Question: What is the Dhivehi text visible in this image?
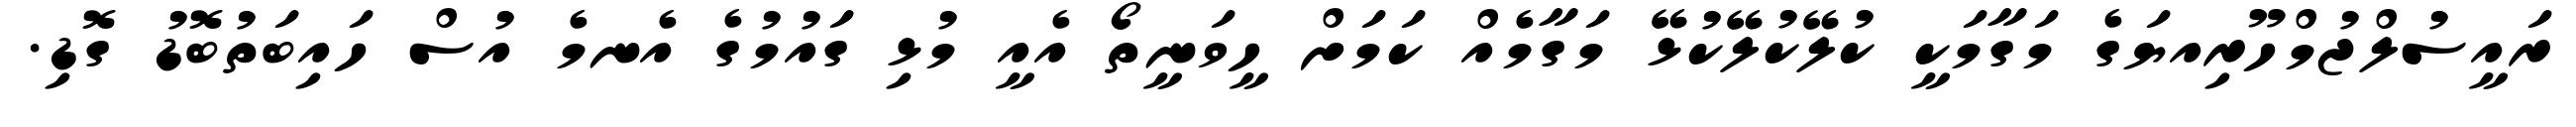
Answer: ރައީސުލްޖުމްހޫރިއޔަގެ މަގާމަކީ ކުލޭކުލޭކުޅޭ މަގާމެއް ކަމަށް ހީވަނީތޯ އެއީ މުޅި ގައުމުގެ އެނމެ އުސް ހައިބަތުބޮޑު ގޮޑި.